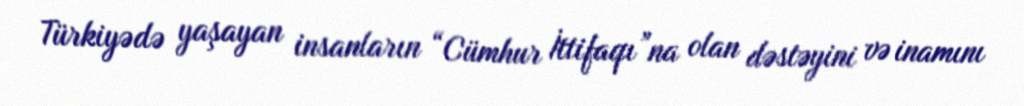
Türkiyədə yaşayan insanların “Cümhur İttifaqı”na olan dəstəyini və inamını